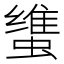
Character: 𰳚